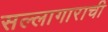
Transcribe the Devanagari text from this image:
सल्लागाराची